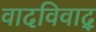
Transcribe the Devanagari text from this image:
वादविवाद्